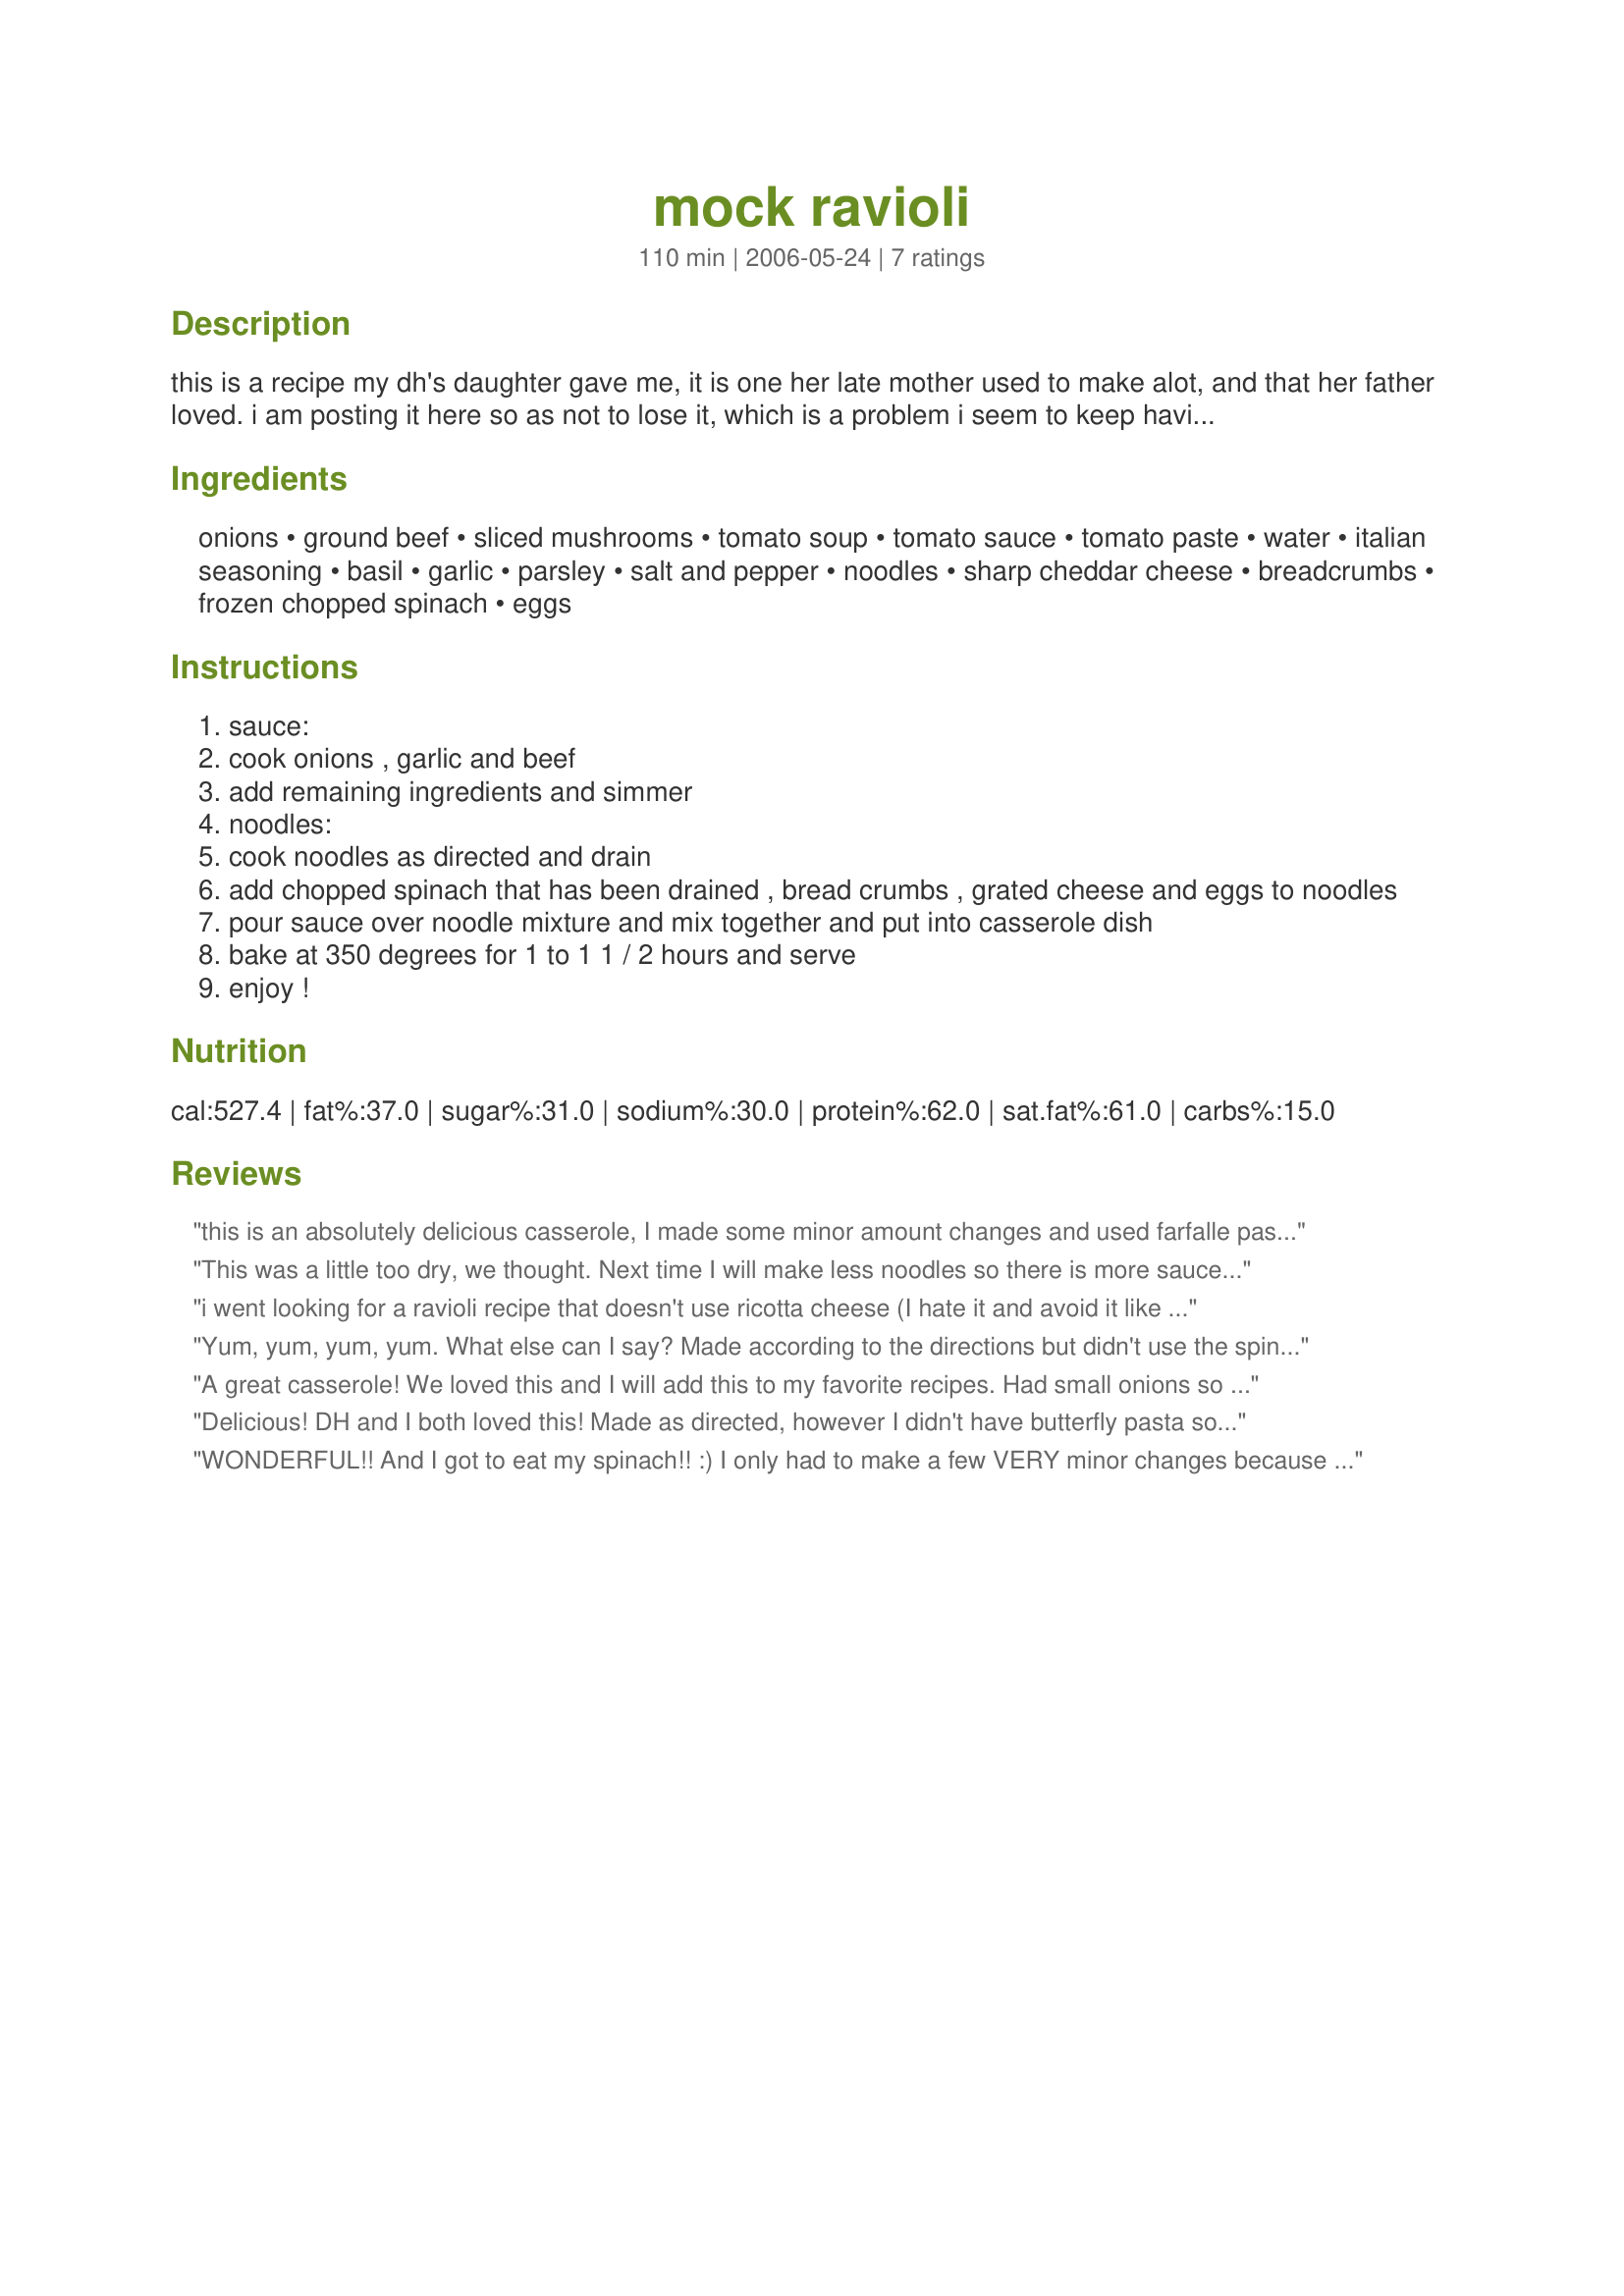
mock ravioli
Preparation time: 110 minutes

this is a recipe my dh's daughter gave me, it is one her late mother used to make alot, and that her father loved. i am posting it here so as not to lose it, which is a problem i seem to keep having with this one i lay it down in my big red book and darned if when i want it, it hasn't gotten up and moved itself to one of my other books. although this looks complicated to make most of the preparation is opening cans so don't be afraid to use this and be sure to remember it is great family get together food too. can be made ahead and frozen also for one of those oamc meals.

Ingredients:
onions, ground beef, sliced mushrooms, tomato soup, tomato sauce, tomato paste, water, italian seasoning, basil, garlic, parsley, salt and pepper, noodles, sharp cheddar cheese, breadcrumbs, frozen chopped spinach, eggs

Steps:
sauce:
cook onions , garlic and beef
add remaining ingredients and simmer
noodles:
cook noodles as directed and drain
add chopped spinach that has been drained , bread crumbs , grated cheese and eggs to noodles
pour sauce over noodle mixture and mix together and put into casserole dish
bake at 350 degrees for 1 to 1 1 / 2 hours and serve
enjoy !

Reviews:
this is an absolutely delicious casserole, I made some minor amount changes and used farfalle pasta, I also added in 6 large garlic cloves and 2 tablespoons crushed chili flakes to the ground beef mixture, when I drained the beef I then mixed in 1/3 cup grated Parmesan cheese, this is one I will make again for sure, thank you for sharing this Chachie!
This was a little too dry, we thought. Next time I will make less noodles so there is more sauce. That will also make for a smaller casserole, which is good since I'm only feeding two.
i went looking for a ravioli recipe that doesn't use ricotta cheese (I hate it and avoid it like the plague). this recipe is EASIER than ravioli and doesn't include the foul ricotta! i used fresh basil and added a little more since it didn't specify fresh or dried and you need more for fresh. it ended up great. the best part is that i always have these ingredients on hand, since i am not italian and normally don't make italian food. thank you!
Yum, yum, yum, yum. What else can I say? Made according to the directions but didn't use the spinach - not my choice! Oh, I also saved half the cheese to sprinkle on top. I will make this again for sure - my sons took third helpings! Made for Kittencal's Chef's Pick Tag. Thanks ChaCha! :)
A great casserole! We loved this and I will add this to my favorite recipes. Had small onions so I used two and ground round to cut down on the fat. Spinach is not a favorite of DH's so I used only 8 ounces of spinach and one 4 1/2 ounce can of mushrooms. I also saved some of the cheddar cheese to sprinkle on top right before the casserole was finished baking. Served with ChaCha's Recipe #178080 and enjoyed a great supper! Made and reviewed for Kitten's Chef Pick Tag Game.
Delicious! DH and I both loved this! Made as directed, however I didn't have butterfly pasta so used spiral pasta. This is a winner ChaCha! I also saved 1/2 the cheese to sprinkle on top, and only used one huge onion which was plenty for us, as well as fresh chopped garlic. I will be making this again! Made for Kittencal's Chef's Pick Tag. :)
WONDERFUL!! And I got to eat my spinach!! :) I only had to make a few VERY minor changes because of box sizes available to me. Here's what I did: I used 1 large onion (it was HUGE and was plenty!), 8 oz. fresh sliced mushrooms, a 12 oz. box farfalle (bowtie pasta), 3/4 cup seasoned breadcrumbs and a 10 oz. pkg. spinach to accomodate the lesser amount of noodles. So no big changes really! The only thing I actually did different, was to use 16 oz. ( 2-8 oz. bags) Kraft Italian 5 Cheese blend shredded cheese instead of cheddar. That was just our own preferance. I saved back half of one bag to put on top, too. And I only baked it for 35 minutes uncovered. It was really good!!! Thank you so much!! Next time I might add just a tad more sauce, though. Was glad I didn't add the full amount of the noodle part. It probably would've been a bit dry, cuz what I made was way plenty. But that may just be to our own personal liking. It was very good!! :)Thanks so much!! :)I will be making this again!!! :)
